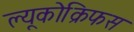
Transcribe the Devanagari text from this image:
ल्यूकोक्रिफस